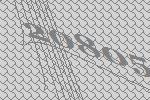
20805